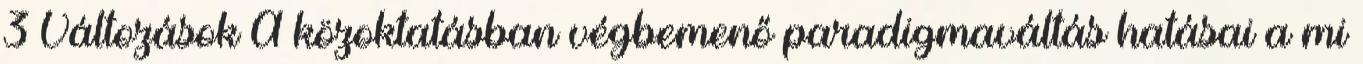
3 Változások A közoktatásban végbemenő paradigmaváltás hatásai a mi